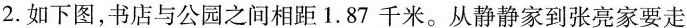
2.如下图，书店与公园之间相距1.87千米。从静静家到张亮家要走